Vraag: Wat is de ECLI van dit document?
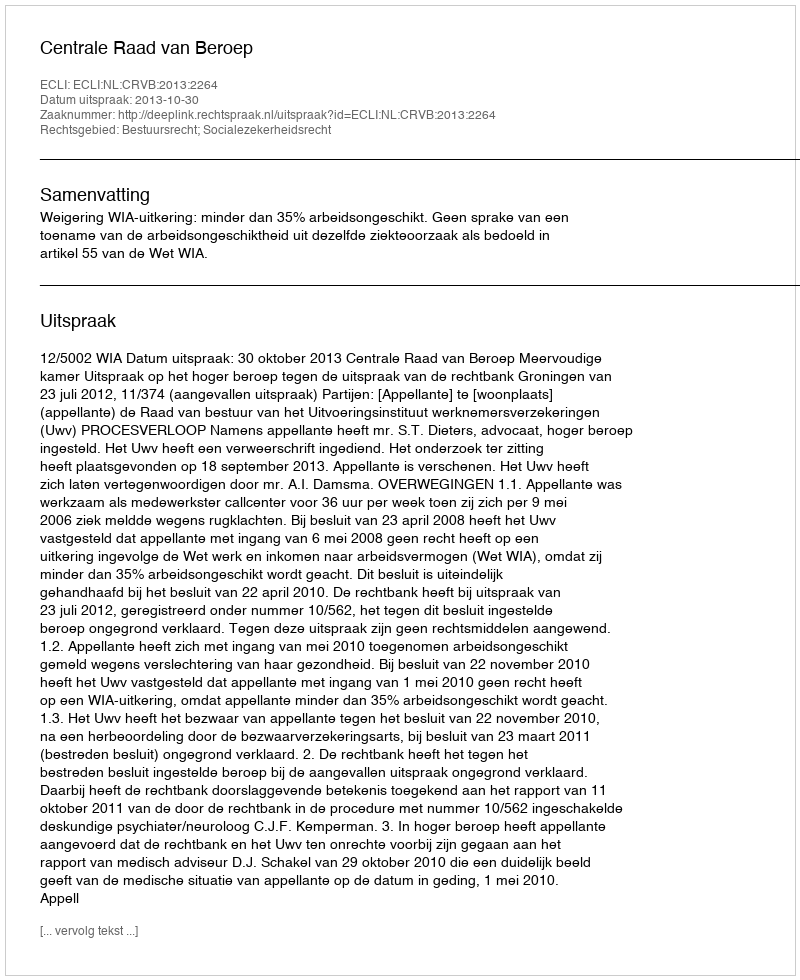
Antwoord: ECLI:NL:CRVB:2013:2264